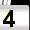
Digit: 4